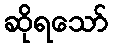
ဆိုရသော်